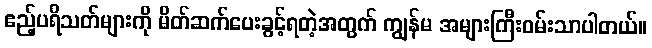
ဧည့်ပရိသတ်များကို မိတ်ဆက်ပေးခွင့်ရတဲ့အတွက် ကျွန်မ အများကြီးဝမ်းသာပါတယ်။